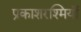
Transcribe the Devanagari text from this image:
प्रकाशरश्मियाँ